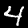
Digit: 4